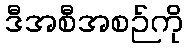
ဒီအစီအစဉ်ကို